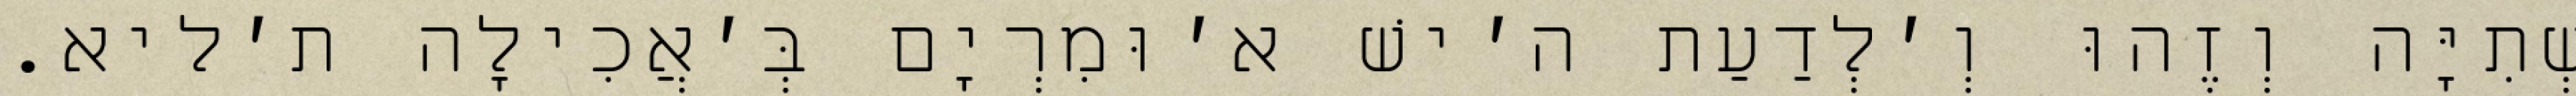
שְׁתִיָּה וְזֶהוּ וְ׳לְדַעַת ה׳ישׁ א׳וּמִרְיָם בְּ׳אֲכִילָה ת׳ליא.